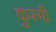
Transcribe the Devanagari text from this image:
कुरगी